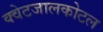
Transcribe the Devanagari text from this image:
क्वेटजालकोटल